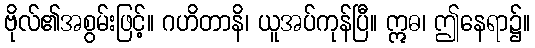
ဗိုလ်၏အစွမ်းဖြင့်။ ဂဟိတာနိ၊ ယူအပ်ကုန်ပြီ။ ဣဓ၊ ဤနေရာ၌။